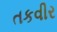
તકવીર